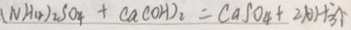
( N H _ { 4 } ) _ { 2 } S O _ { 4 } + C a ( O H ) _ { 2 } = C a S O _ { 4 } + 2 A O H \uparrow